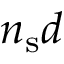
n _ { \mathrm { s } } d